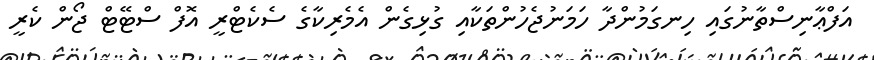
އަފްޢާނިސްތާނުގައި ހިނގަމުންދާ ހަމަނުޖެހުންތަކާއި ގުޅިގެން އެމެރިކާގެ ސެކެޓްރީ އޮފް ސްޓޭޓް ޖޯން ކެރީ